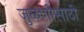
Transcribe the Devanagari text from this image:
जुळणीसाठी